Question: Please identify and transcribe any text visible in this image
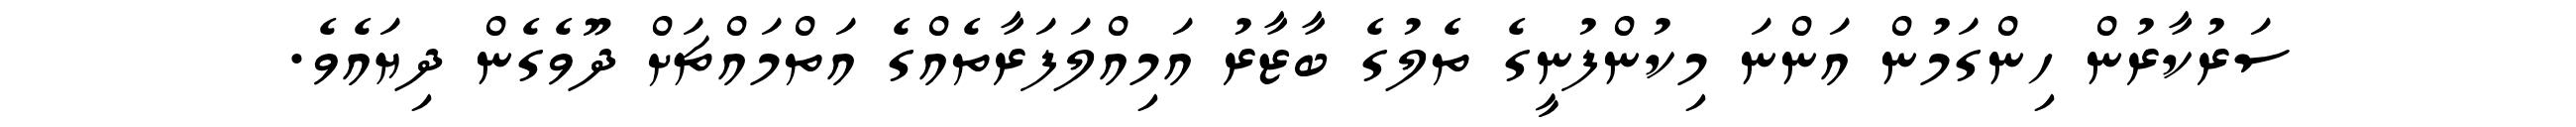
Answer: ސަރުކާރުން ހިންގަމުން އަންނަ މިކުންފުނީގެ ތެލުގެ ބާޒާރު އަމިއްލަފަރާތެއްގެ އަތްމައްޗަށް ދޫވެގެން ދިޔައެވެ.